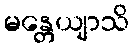
မန္တေယျာသိ